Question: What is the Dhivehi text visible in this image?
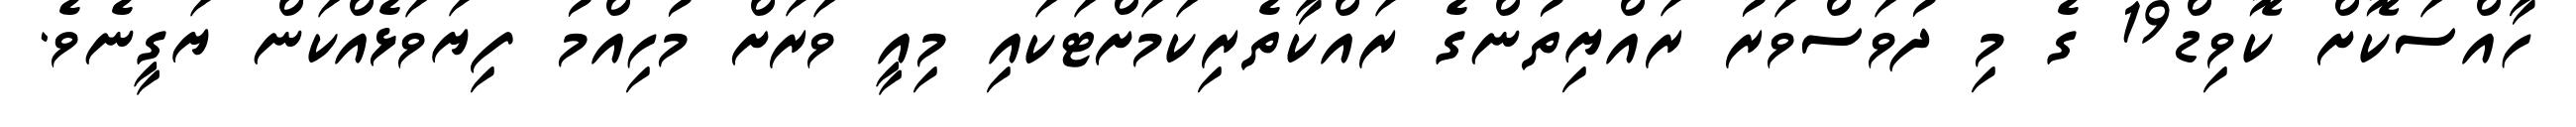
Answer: ހާއްސަކޮށް ކޮވިޑް19 ގެ މި ދުވަސްވަރު ރައްޔިތުންގެ ރައްކާތެރިކަމަށްޓަކައި މިއީ ވަރަށް މުހިއްމު ފިޔަވަޅެއްކަން ޔަގީނެވެ.